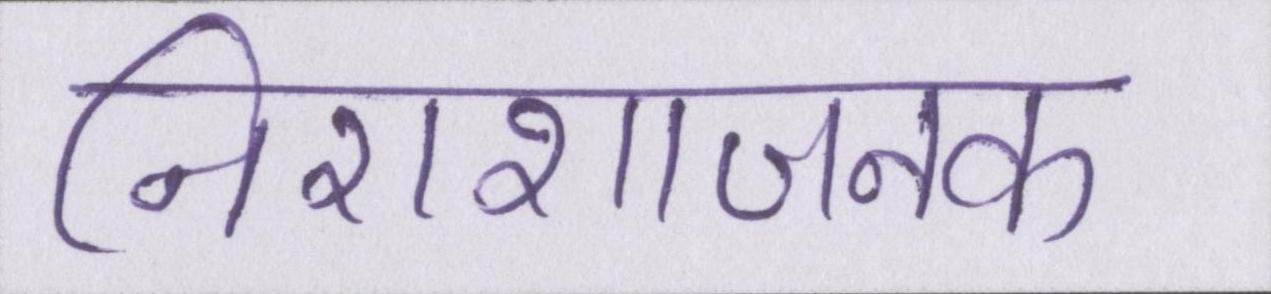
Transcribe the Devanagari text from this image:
निराशाजनक